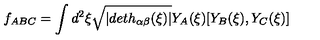
f _ { A B C } = \int d ^ { 2 } \xi \sqrt { | d e t h _ { \alpha \beta } ( \xi ) | } Y _ { A } ( \xi ) [ Y _ { B } ( \xi ) , Y _ { C } ( \xi ) ]